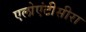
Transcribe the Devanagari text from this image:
एलोएंटीसीरा